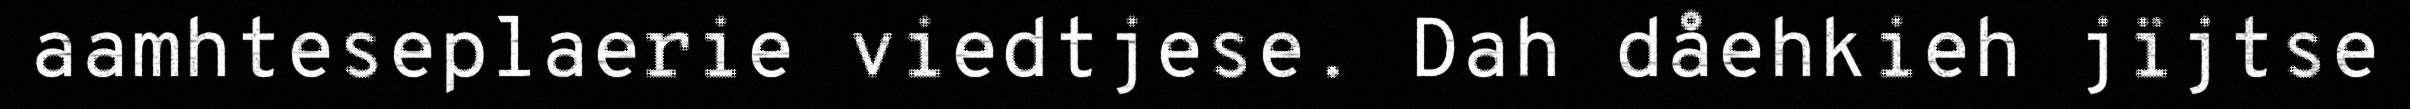
aamhteseplaerie viedtjese. Dah dåehkieh jïjtse